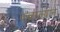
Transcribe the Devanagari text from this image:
कळाल्याने